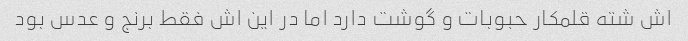
اش شته قلمکار حبوبات و گوشت دارد اما در این اش فقط برنج و عدس بود